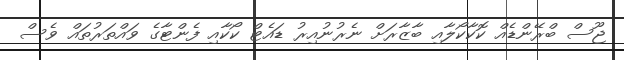
ޖޫސް ބްރޭންޑެއް ކޮކާކޯލާއި ބާޒާރަށް ނެރުނުއިރު ޑައެޓް ކޯކާއި ފެންޓާގެ ވައްތަރުތައް ވެސް